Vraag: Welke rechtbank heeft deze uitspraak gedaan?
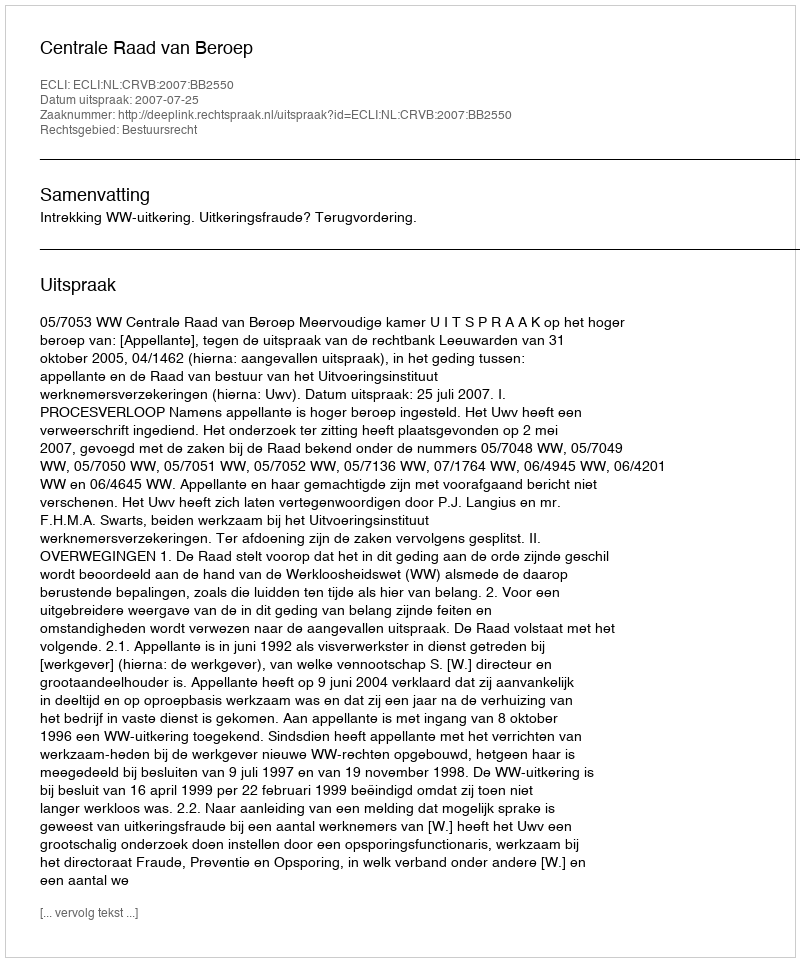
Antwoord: Centrale Raad van Beroep